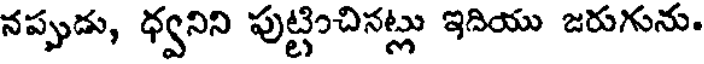
నప్పుడు, ధ్వనిని పుట్టించినట్లు ఇదియు జరుగును.